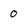
Character: 0